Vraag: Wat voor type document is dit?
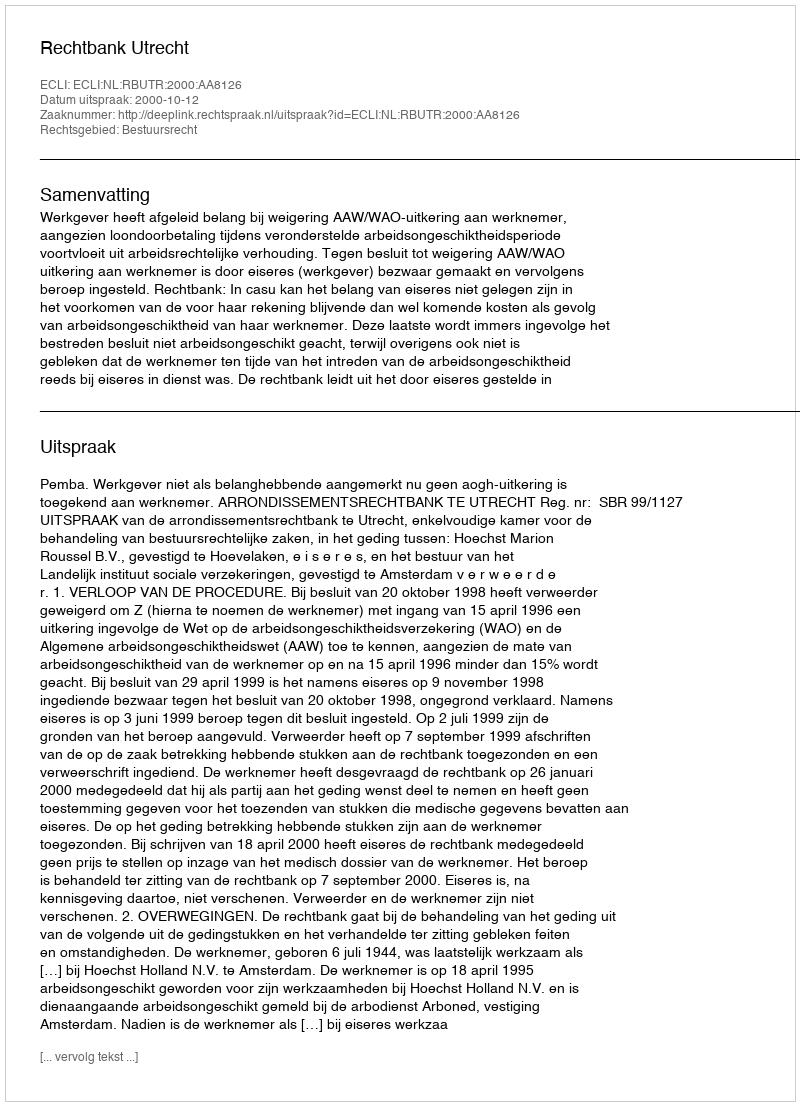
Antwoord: Uitspraak